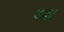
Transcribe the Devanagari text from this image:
ध्म्र